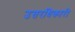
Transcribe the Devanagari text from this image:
उत्तरधिकारी